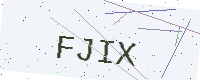
Text: FJIX